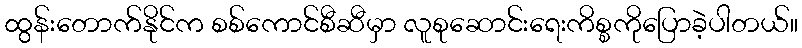
ထွန်းတောက်နိုင်က စစ်ကောင်စီဆီမှာ လူစုဆောင်းရေးကိစ္စကိုပြောခဲ့ပါတယ်။